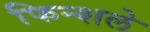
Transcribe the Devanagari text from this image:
फिन्शले